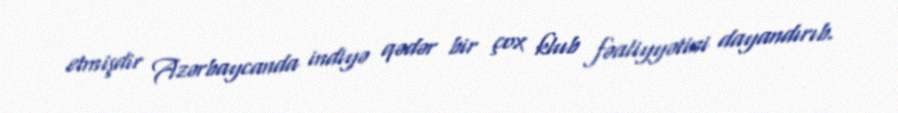
etmişdir Azərbaycanda indiyə qədər bir çox klub fəaliyyətini dayandırıb.